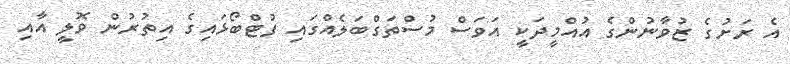
އެ ރަށުގެ ޒުވާނުންގެ އުއްމީދަކީ އަވަސް މުސްތަގްބަލެއްގައި ފުޓްބޯޅައިގެ އިތުރުން ވޮލީ އާއި